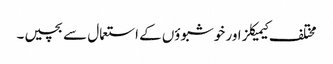
مختلف کیمیکلز اور خوشبوؤں کے استعمال سے بچیں۔